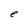
Character: e